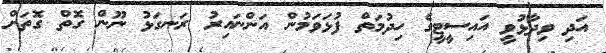
އަދި ވިދާޅުވީ އައިސީޓީގެ ހިދުމަތް ފުޅަވަމުން އަންނައިރު ރަނގަޅު ނޫން ގޮތް ގޮތަށް